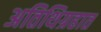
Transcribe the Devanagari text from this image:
अतिथिग्रहात